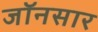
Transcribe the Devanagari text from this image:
जॉनसार